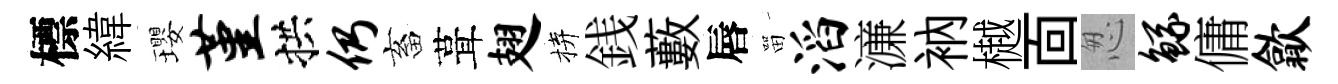
標緯瓔堇拱仍畜葺翅拚銭藪唇㽞滔濓衲樾靣怱鲧傭歙